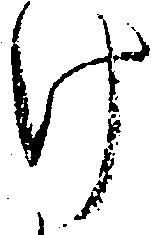
け